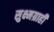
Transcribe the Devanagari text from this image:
सुक्ष्मग्राही